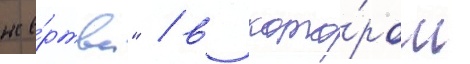
же́ртва" / в кото́ром